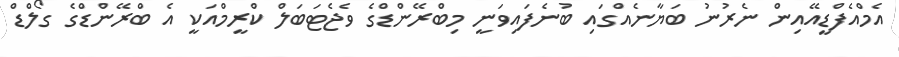
އެމްއެފްޑީއޭއިން ނެރުނު ބަޔާނެއްގައި ބުނެފައިވަނީ މިބްރޭންޑްގެ ވެޖެޓަބަލް ކްރީމްއަކީ އެ ބްރޭންޑްގެ ގޯލްޑް